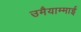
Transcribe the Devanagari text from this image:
उमैयाम्माई